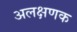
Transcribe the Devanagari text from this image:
अलक्षणक